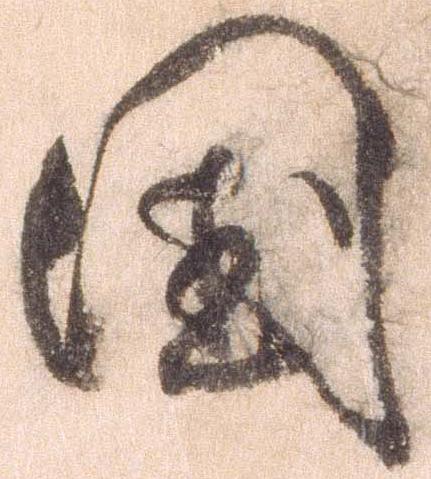
国